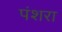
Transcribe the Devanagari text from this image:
पंशरा